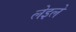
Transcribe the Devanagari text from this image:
लेइले